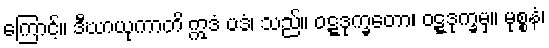
ကြောင့်။ ဒီဃာယုကာတိ ဣဒံ ပဒံ၊ သည်။ ဝဋ္ဋဒုက္ခတော၊ ဝဋ္ဋဒုက္ခမှ။ မုစ္စနံ၊